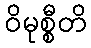
ဝိမုစ္စီတိ